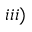
i i i )